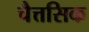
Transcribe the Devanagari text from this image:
चैत्तसिक